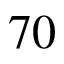
7 0